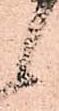
候